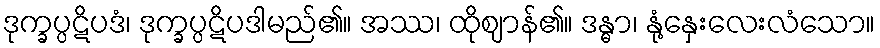
ဒုက္ခပ္ပဋိပဒံ၊ ဒုက္ခပ္ပဋိပဒါမည်၏။ အဿ၊ ထိုဈာန်၏။ ဒန္ဓာ၊ နုံ့နှေးလေးလံသော။